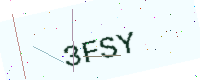
Text: 3FSY